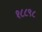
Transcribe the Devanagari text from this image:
१८८९८